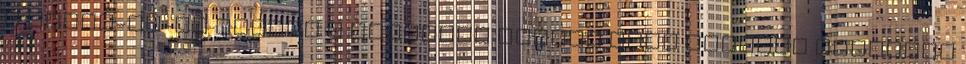
a vizes-vb-re hangol a közmédia Sokkal több pénzből működött